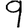
Digit: 9